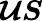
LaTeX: {\boldsymbol{\mathcal{U}}}{\boldsymbol{S}}